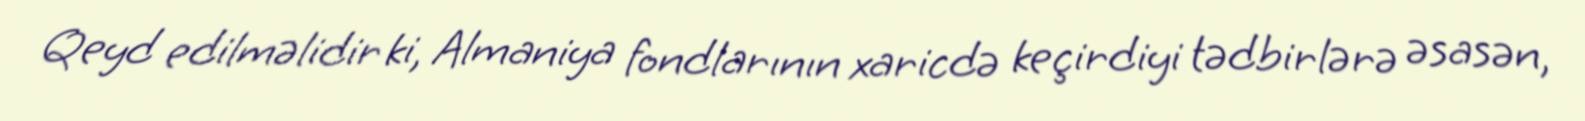
Qeyd edilməlidir ki, Almaniya fondlarının xaricdə keçirdiyi tədbirlərə əsasən,